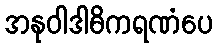
အနုဝါဒါဓိကရဏံပေ